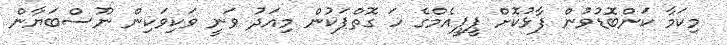
މިކަމާ ކަންބޮޑުވުން ފާޅުކޮށް ޕީޕީއެމްގެ ހަ ގޮތްޕަކުން މިއަދު ވަނީ ވަކިވަކިން ނޫސްބަޔާން